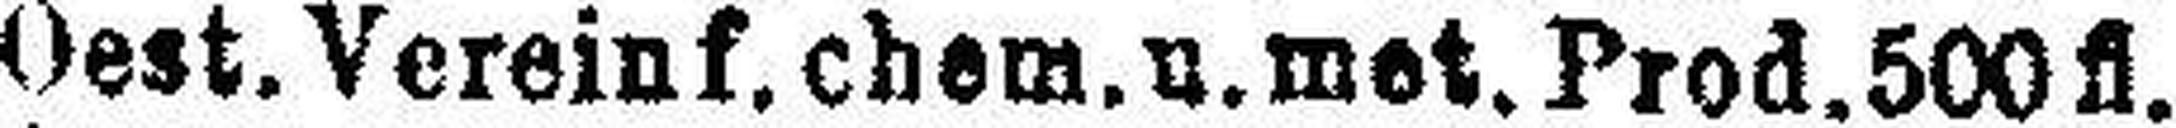
Oest. Verein f. chem. u. met. Prod. 500fl.